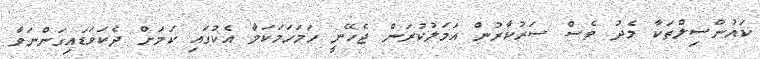
ކައުންސިލްތަކާ މެދު ވެސް ސަރުކާރުން އަމަލުކުރަން ޖެހޭނީ ހަމަހަމަކަމާ އެކުގައި ކަމަށް ދެކަވަޑައިގަންނަވާ